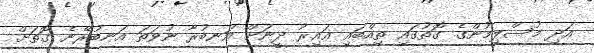
އަދި މުސްލިމުންގެ ގޮތުގައި ތިއްބައި ޣައިރު ދީނަށް އަނބުރާ ނުވަތަ އަނބުރޭނެ ގޮތަށް